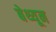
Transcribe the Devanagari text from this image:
बेथ्यून